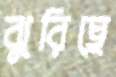
ঝুরিছে